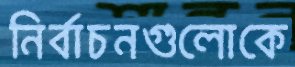
নির্বাচনগুলোকে